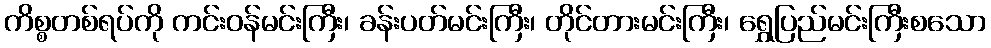
ကိစ္စတစ်ရပ်ကို ကင်းဝန်မင်းကြီး၊ ခန်းပတ်မင်းကြီး၊ တိုင်တားမင်းကြီး၊ ရွှေပြည်မင်းကြီးစသော